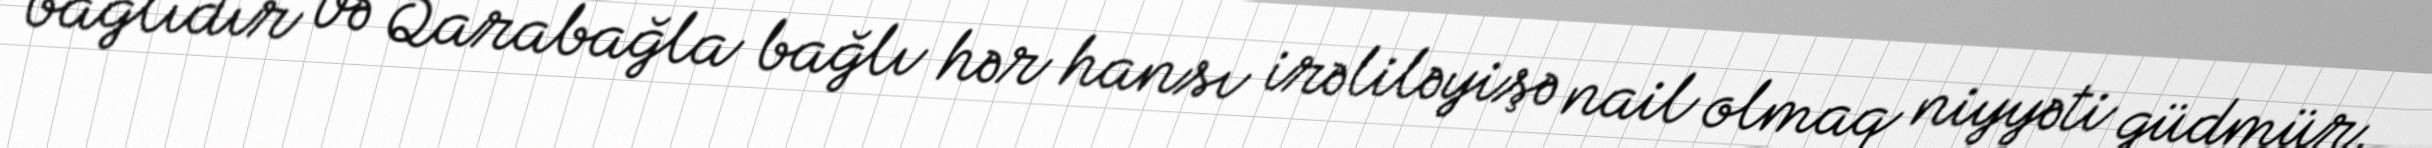
bağlıdır və Qarabağla bağlı hər hansı irəliləyişə nail olmaq niyyəti güdmür.